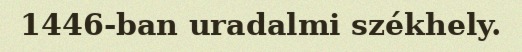
1446-ban uradalmi székhely.